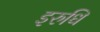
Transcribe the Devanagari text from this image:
इरुधि